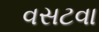
વસટવા